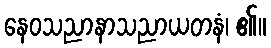
နေဝသညာနာသညာယတနံ၊ ၏။